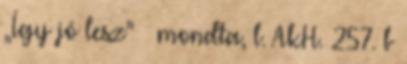
„Így jó lesz” – mondta, l. AkH. 257. b